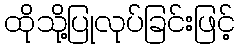
ထိုသို့ပြုလုပ်ခြင်းဖြင့်